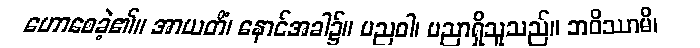
ဟောစေခဲ့၏။ အာယတိံ၊ နောင်အခါ၌။ ပညဝါ၊ ပညာရှိသူသည်။ ဘဝိဿာမိ၊